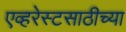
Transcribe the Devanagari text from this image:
एव्हरेस्टसाठीच्या